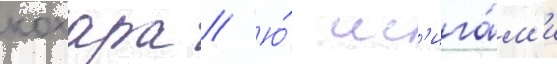
кохара // Ю́ ис'ига́м'и